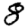
Digit: 8